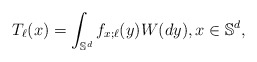
\begin{align*}T_\ell(x)=\int_{\mathbb{S}^d} f_{x;\ell}(y) W(dy), x\in \mathbb{S}^d,\end{align*}